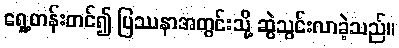
ရှေ့တန်းတင်၍ ပြဿနာအတွင်းသို့ ဆွဲသွင်းလာခဲ့သည်။